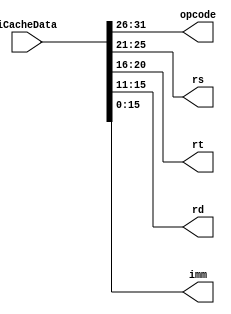
`timescale 1ns / 1ps
//////////////////////////////////////////////////////////////////////////////////
// Company: 
// Engineer: 
// 
// Design Name: 
// Module Name: IR
// Project Name: 
// Target Devices: 
// Tool Versions: 
// Description: 
// 
// Dependencies: 
// 
// Revision:
// Revision 0.01 - File Created
// Additional Comments:
// 
//////////////////////////////////////////////////////////////////////////////////
module IR(  //R-typeR-typr
    input [31:0] iCacheData,
    output [5:0] opcode,
    output [4:0] rs,
    output [4:0] rt,
    output [4:0] rd,
    output [15:0] imm
    );
    
    assign opcode = iCacheData[31:26];
    assign rs = iCacheData[25:21];
    assign rt = iCacheData[20:16];
    assign rd = iCacheData[15:11];
    assign imm = iCacheData[15:0];
    
endmodule